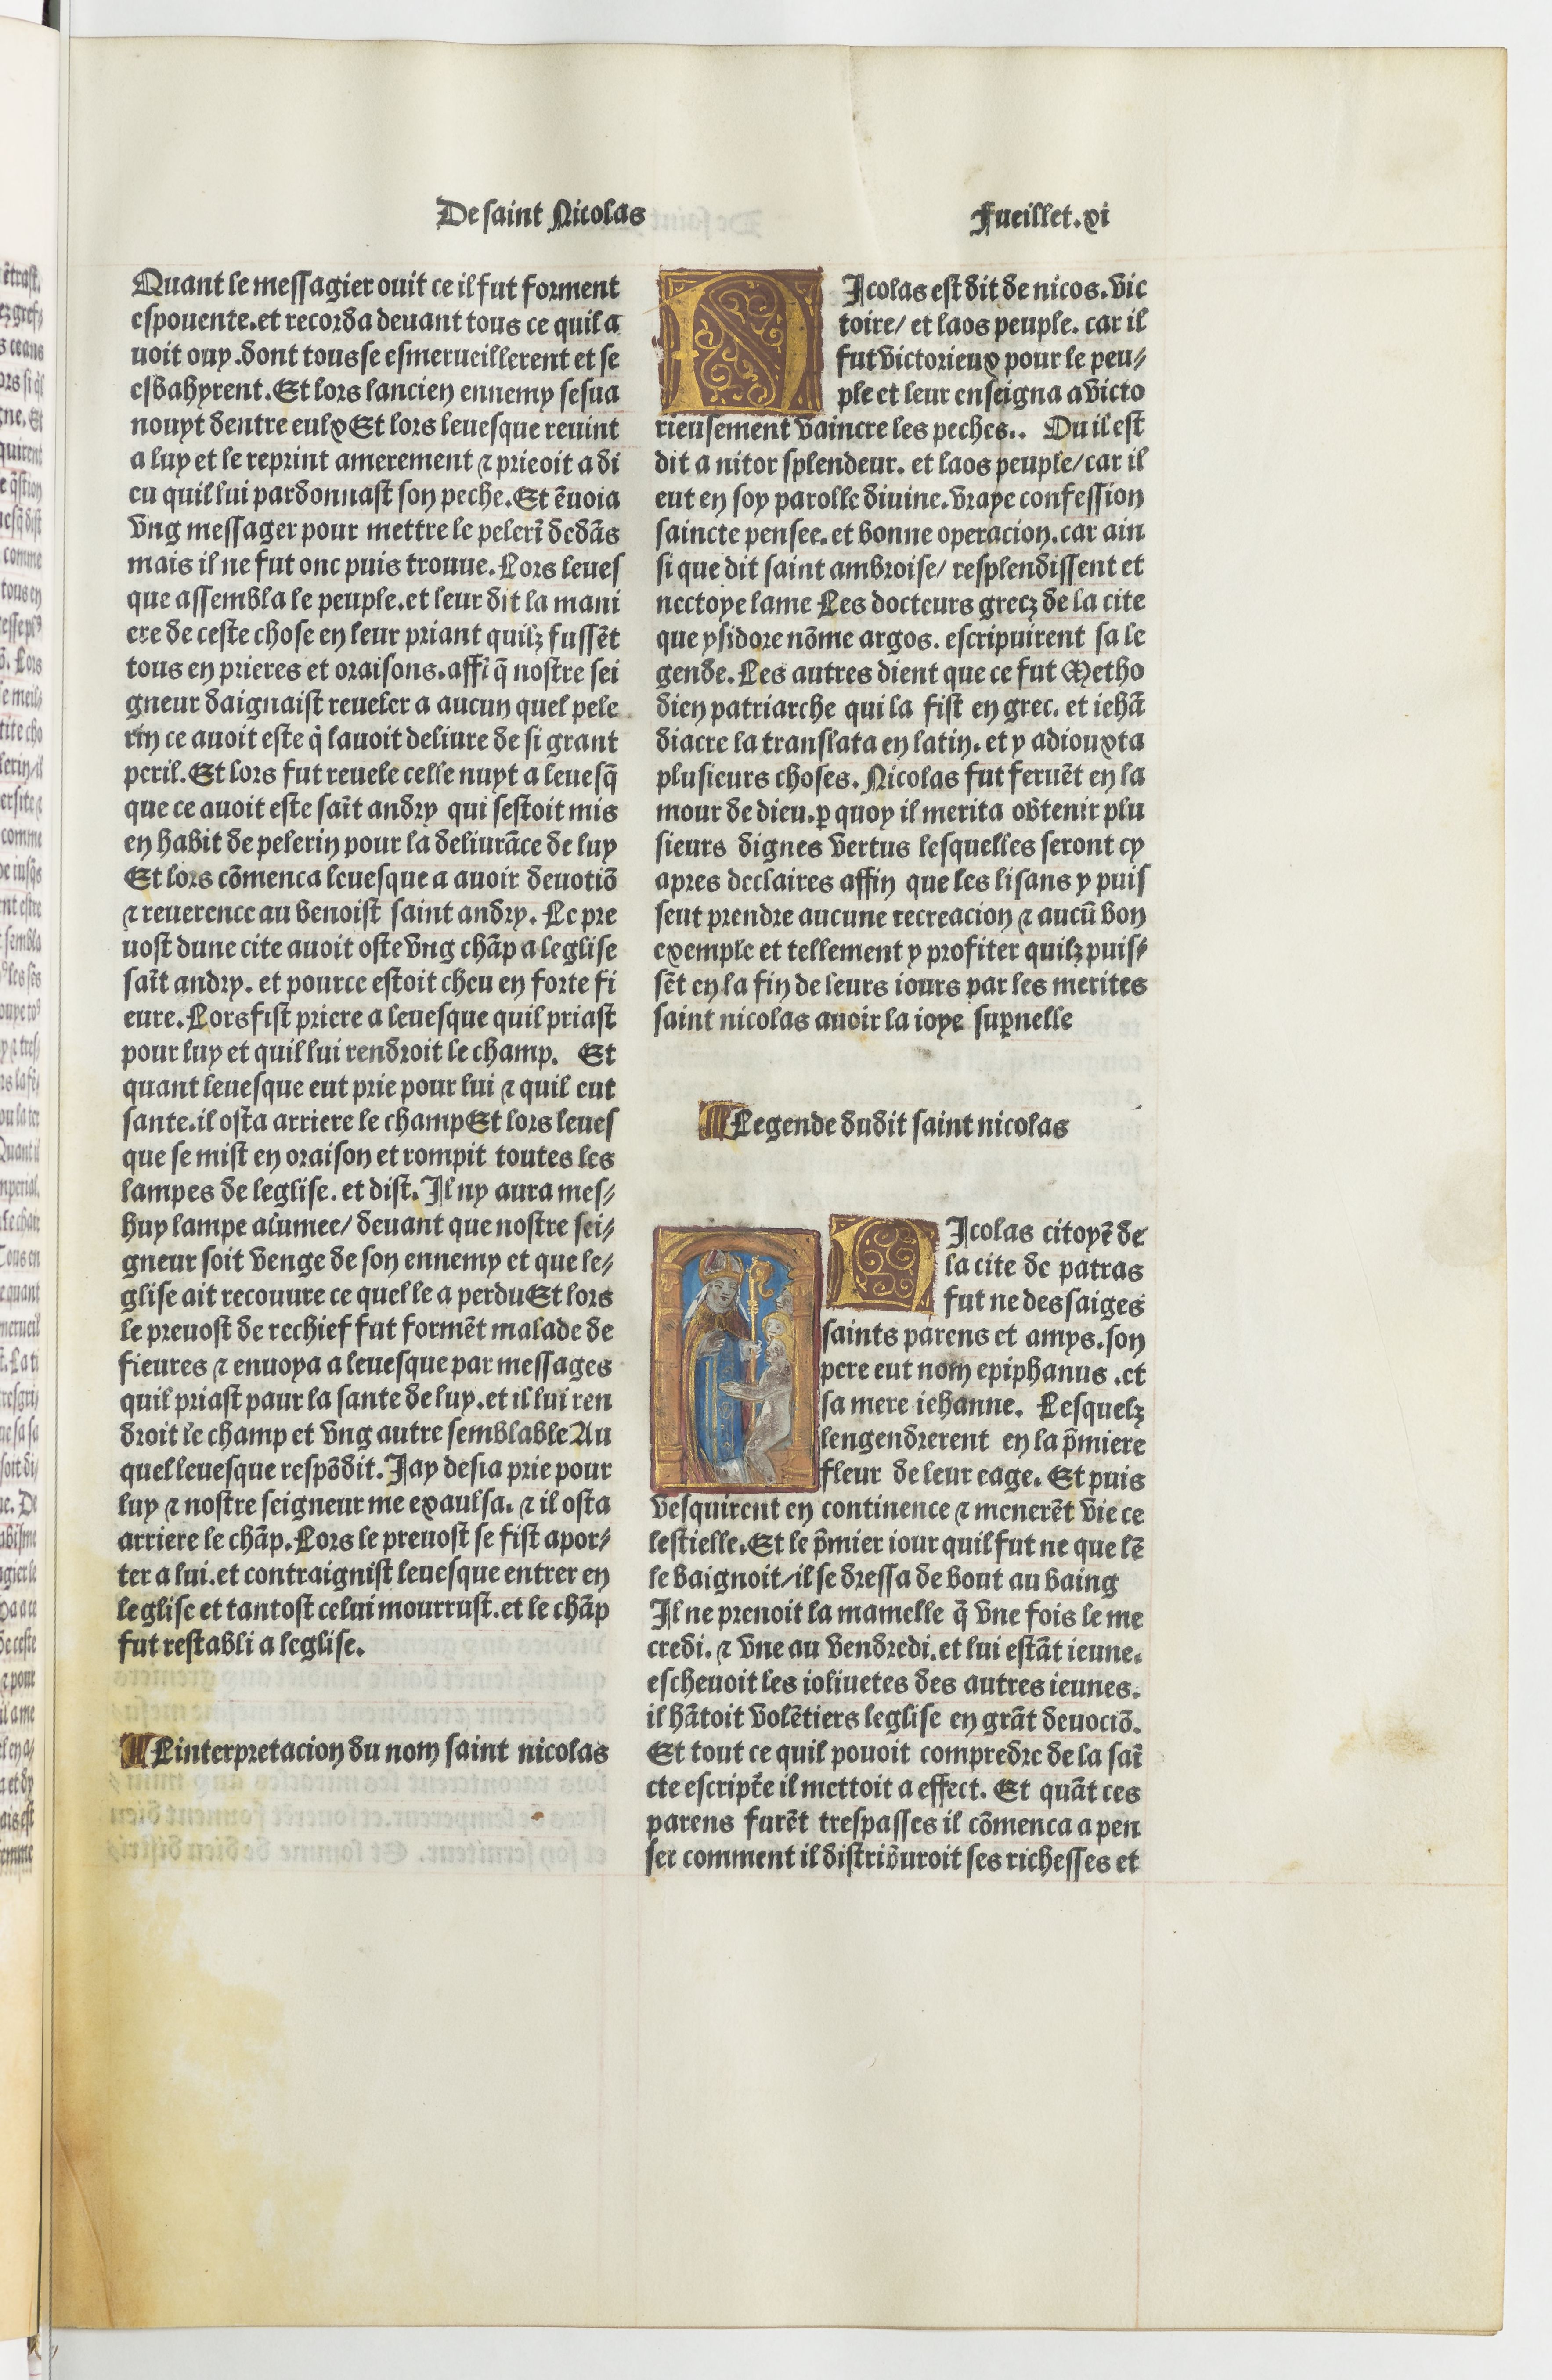
Shelfmark: Paris, BnF, Velins 690
Century: 15